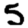
Digit: 5